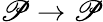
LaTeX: \mathscr{P}\rightarrow\mathscr{P}